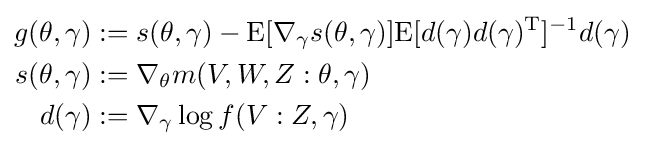
{\begin{aligned}g(\theta ,\gamma )&:=s(\theta ,\gamma )-\mathrm {E} [\nabla _{\gamma }s(\theta ,\gamma )]\mathrm {E} [d(\gamma )d(\gamma )^{\mathrm {T} }]^{-1}d(\gamma )\\s(\theta ,\gamma )&:=\nabla _{\theta }m(V,W,Z:\theta ,\gamma )\\d(\gamma )&:=\nabla _{\gamma }\log f(V:Z,\gamma )\end{aligned}}